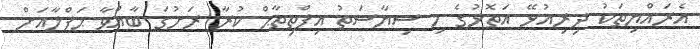
އެރައްޔިތަކު ދިރިއުޅޭ އަތޮޅުގެ މި ސިޔާސަތު އިފްތިތާޙް ކުރާ ރަށުގަ ބާއްވާ ޙަފްލާއަށް